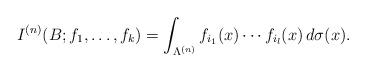
LaTeX: \begin{align*}I^{(n)}(B; f_1,\dots,f_k)=\int_{\Lambda^{(n)}} f_{i_1}(x)\dotsm f_{i_l}(x)\,d\sigma(x).\end{align*}